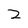
Character: 2